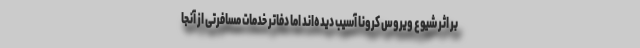
بر اثر شیوع ویروس کرونا آسیب دیده‌اند اما دفاتر خدمات مسافرتی از آنجا